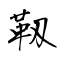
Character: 靱